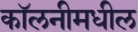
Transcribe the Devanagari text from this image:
कॉलनीमधील